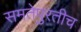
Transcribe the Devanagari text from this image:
समतेपुरतीच